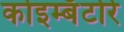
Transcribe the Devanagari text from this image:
कोइम्बॅटोरे